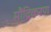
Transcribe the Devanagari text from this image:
मौद्रिकरण